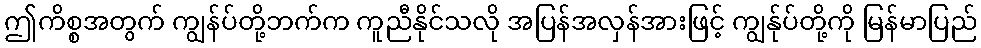
ဤကိစ္စအတွက် ကျွန်ပ်တို့ဘက်က ကူညီနိုင်သလို အပြန်အလှန်အားဖြင့် ကျွန်ုပ်တို့ကို မြန်မာပြည်